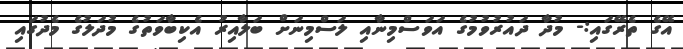
އޭގެ ތެރޭގައި:- މުދާ ދައުރުވުމުގެ އަވަސްމިނާއި ލަސްމިނަށް ބަލާއިރު އެކިބާވަތުގެ މުދަލުގެ މެދުގައި